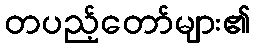
တပည့်တော်များ၏